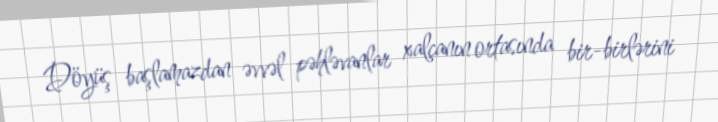
Döyüş başlamazdan əvvəl pəhləvanlar xalçanın ortasında bir-birlərini